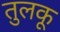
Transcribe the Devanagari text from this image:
तुलकू